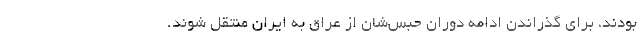
بودند، برای گذراندن ادامه دوران حبس‌شان از عراق به ایران منتقل ‌شوند.